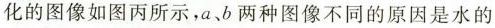
化的图像如图丙所示，a、b两种图像不同的原因是水的